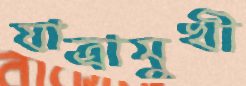
যাত্রামুখী